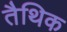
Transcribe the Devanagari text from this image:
तैथिक